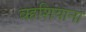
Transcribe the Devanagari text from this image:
वहशियाना